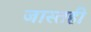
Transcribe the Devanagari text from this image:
जास्तही